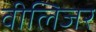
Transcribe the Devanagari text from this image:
वीलिजर